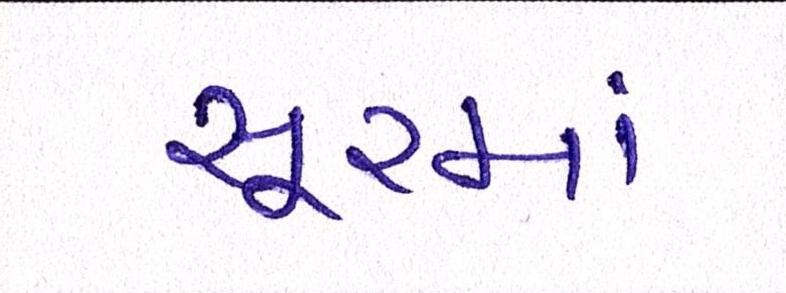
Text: સૂરમાં